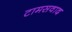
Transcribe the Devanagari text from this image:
टामसवाद